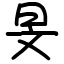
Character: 旻